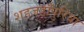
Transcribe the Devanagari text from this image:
शहजहाँपुरिया